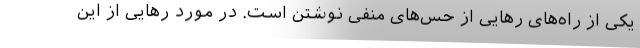
یکی از راه‌های رهایی از حس‌های منفی نوشتن است. در مورد رهایی از این